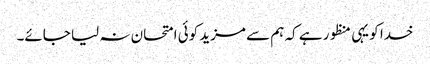
خدا کو یہی منظور ہے کہ ہم سے مزید کوئی امتحان نہ لیا جائے۔